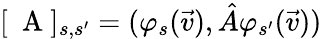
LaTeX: [\mathrm{~\mathbf~A~}]_{s,s^{\prime}}=(\varphi_{s}(\vec{v}),\hat{A}\varphi_{s^{\prime}}(\vec{v}))